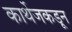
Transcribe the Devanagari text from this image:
कार्थेजकडून